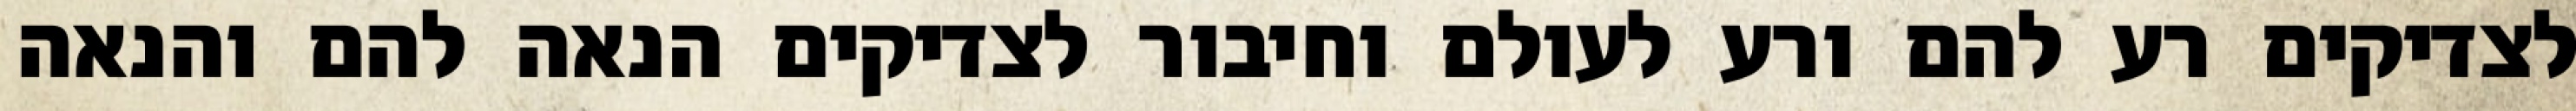
לצדיקים רע להם ורע לעולם וחיבור לצדיקים הנאה להם והנאה